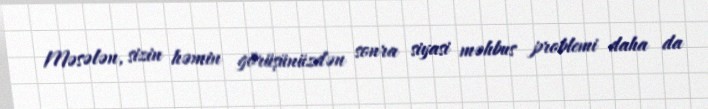
Məsələn, sizin həmin görüşünüzdən sonra siyasi məhbus problemi daha da